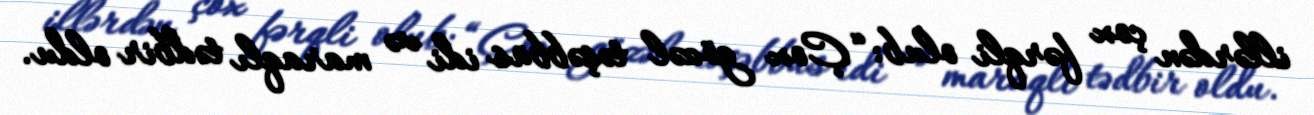
illərdən çox fərqli olub: “Çox gözəl təşəbbüs idi və maraqlı tədbir oldu.